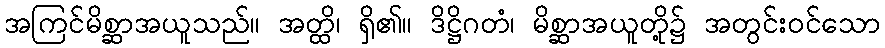
အကြင်မိစ္ဆာအယူသည်။ အတ္ထိ၊ ရှိ၏။ ဒိဋ္ဌိဂတံ၊ မိစ္ဆာအယူတို့၌ အတွင်းဝင်သော